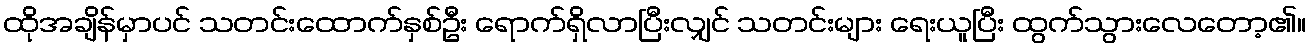
ထိုအချိန်မှာပင် သတင်းထောက်နှစ်ဦး ရောက်ရှိလာပြီးလျှင် သတင်းများ ရေးယူပြီး ထွက်သွားလေတော့၏။